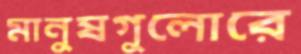
মানুষগুলোরে